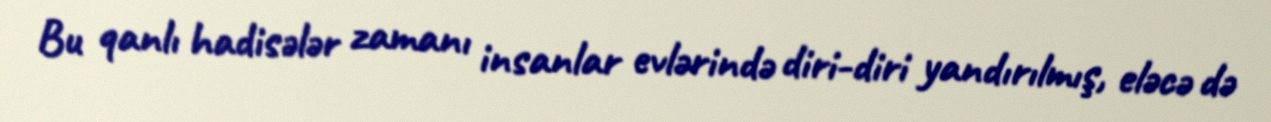
Bu qanlı hadisələr zamanı insanlar evlərində diri-diri yandırılmış, eləcə də